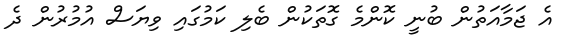
އެ ޖަމާއަތުން ބުނީ ކޮންމެ ގޮތަކުން ބެލި ކަމުގައި ވިޔަސް އުމުރުން ދެ